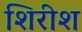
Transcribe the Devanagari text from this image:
शिरीश